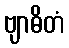
ဗျာဓိတံ